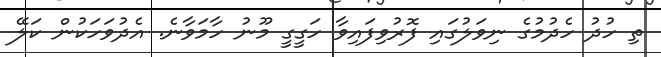
ތި ހުދު ހެދުމުގެ ނިވަލުގައި ފޮރުވިފައިވާ ހަގީގީ މޫނު ހާމަވާނެ. އެދުވަހަކުން ކަލޭ